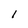
Character: 1